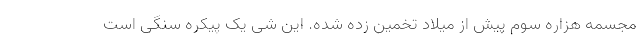
مجسمه هزاره سوم پیش از میلاد تخمین زده شده. این شی یک پیکره سنگی است